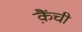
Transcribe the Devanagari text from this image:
क़ैंची